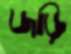
জড়ি